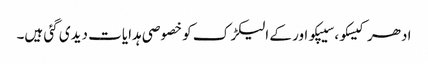
ادھر کیسکو، سیپکو اور کے الیکڑک کو خصوصی ہدایات دیدی گئی ہیں۔